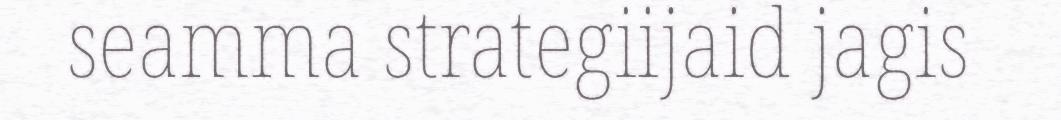
seamma strategiijaid jagis